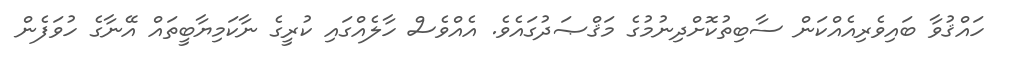
ހައްޤުވާ ބައިވެރިއެއްކަން ސާބިތުކޮށްދިނުމުގެ މަޤްޞަދުގައެވެ. އެއްވެސް ހާލެއްގައި ކުރީގެ ނާކަމިޔާބީތައް އޭނާގެ ހުވަފެން